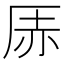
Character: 𪠇